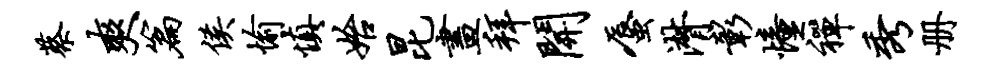
蔡爽篇侯愉慎始昆画拜开蜃潸彰憧禅秀册